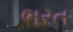
ભરત